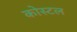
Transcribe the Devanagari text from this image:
कोस्‍टल